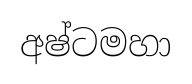
අෂ්ටමහා